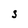
Character: s